Vaccination in Bombay 1889-1901 - 1889-1901
Year: 1889
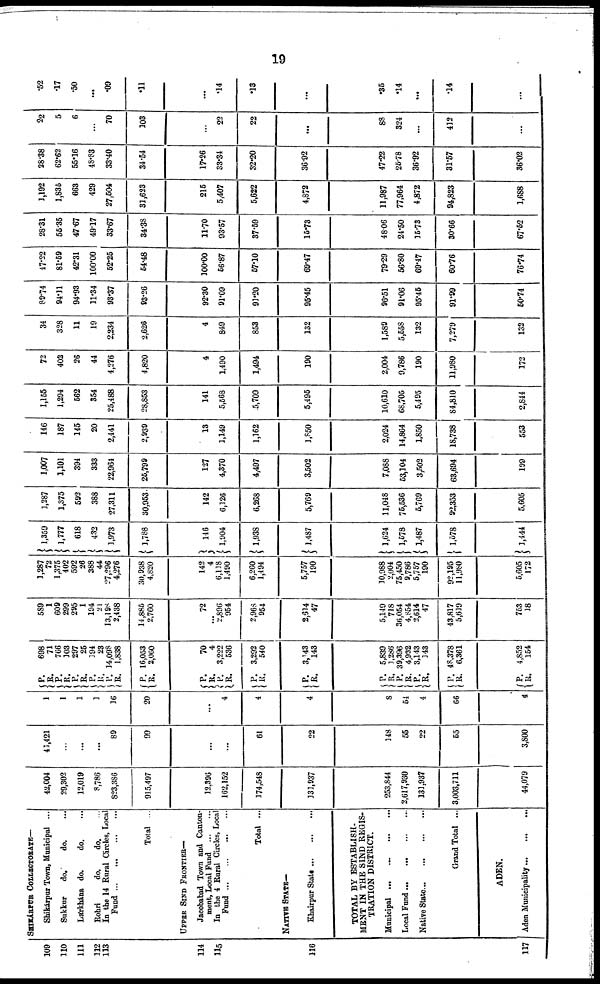
19
109
110
111
112
113
114
115
116
117
SHIKÁRPUR COLLECTORATE—
Shikárpur Town, Municipal ...
Sukkur
do.
do.
...
Lárkhána do.
do. ...
Rohri
do.
do. ...
In the 14 Rural Circles, Local
Fund...
...
...
...
Total ...
UPPER SIND FRONTIER—
Jacobabad Town and Canton-
ment, Local Fund
...
...
In the 4 Rural Circle, Local
Fund... ... ... ...
Total ...
NATIVE STATE—
Khairpur
State...
...
...
TOTAL BY ESTABLISH-
MENT IN THE SIND REGIS-
TRATION DISTRICT.
Municipal ...
...
...
...
Local
Fund...
...
...
...
Native
State...
...
...
...
Grand Total ...
ADEN.
Aden
Municipality...
...
...
42,004
29,302
12,019
8,786
823,386
915,497
12,396
162,152
174,548
131,937
253,844
2,617,930
131,937
3,003,711
44,079
41,421
...
...
...
89
99
...
...
61
22
148
55
22
55
3,800
1
1
1
1
16
20
...
4
4
4
8
54
4
66
4
P.
R.
P.
R. P.
R.
P.
R.
P.
R.
P.
R.
698
71
766
103
297
25
194
23
14,098
1,838
16,053
2,060
P.
R.
P.
R.
P.
R.
P.
R.
P.
R.
P.
R.
P.
R.
P.
R.
70
4
3,222
536
3,292
540
3,143
143
5,839
1,286
39,396
4,932
3,143
143
48,378
6,361
P.
R.
4,852
154
589
1
609
299
295
1
194
21
13,198
2,438
14,885
2,760
72
...
2,896
954
2,968
954
2,614
47
5,149
718
36,054
4,854
2,614
47
43,817
5,619
753
18
1,287
72
1,375
402
592
26
388
44
27,296
4,276
30,938
4,820
142
4
6,118
1,490
6,260
1,494
5,757
190
10,988
2,004
75,450
9,786
5,757
190
92,195
11,980
5,605
172
1,359
1,777
618
432
1,973
1,788
146
1,904
1,938
1,487
1,624
1,578
1,487
1,578
1,444
1,287
1,375
592
388
27,311
30,953
142
6,126
6,268
5,769
11,048
75,536
5,769
92,353
5,605
1,007
1,101
394
333
22,964
25,799
127
4,370
4,497
3,502
7,088
53,104
3,502
63,694
199
146
187
145
20
2,441
2,939
13
1,149
1,162
1,850
2,024
14,864
1,850
18,738
553
1,155
1,294
562
354
25,488
28,853
141
5,568
5,709
5,495
10,610
68,705
5,495
84,810
2,844
72
402
26
44
4,276
4,820
4
1,490
1,494
190
2,004
9,786
190
11,980
172
34
328
11
19
2,234
2,626
4
849
853
132
1,589
5,558
132
7,279
132
89.74
94.11
94.93
11.34
93.37
93.26
92.30
91.09
91.20
95.45
96.51
91.06
95.45
91.99
50.74
47.22
81.59
42.31
100.00
52.25
54.48
100.00
56.87
57.10
69.47
79.29
56.80
69.47
60.76
76.74
28.31
55.35
47.67
49.17
33.67
34.38
11.70
93.57
37.59
15.73
48.06
24.50
15.73
30.66
67.52
1,192
1,835
663
429
27,504
31,623
215
5,407
5,622
4,872
11,987
77,964
4,872
94,823
1,688
28.38
62.62
55.16
48.83
33.40
34.54
17.26
33.34
32.20
36.92
47.22
25.78
36.92
31.57
36.02
22
5
6
...
70
103
...
22
22
...
88
324
...
412
...
.52
.17
.50
...
.09
.11
...
.14
.13
...
.35
.14
...
.14
...